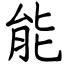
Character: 能